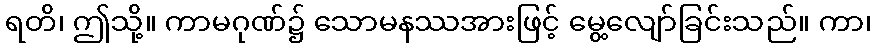
ရတိ၊ ဤသို့။ ကာမဂုဏ်၌ သောမနဿအားဖြင့် မွေ့လျော်ခြင်းသည်။ ကာ၊